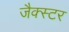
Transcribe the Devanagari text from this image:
जैक्स्टर